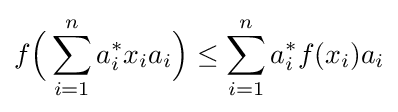
f{\Bigl (}\sum _{i=1}^{n}a_{i}^{*}x_{i}a_{i}{\Bigr )}\leq \sum _{i=1}^{n}a_{i}^{*}f(x_{i})a_{i}